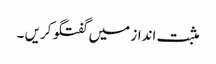
مثبت انداز میں‌ گفتگو کریں ۔